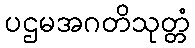
ပဌမအဂတိသုတ္တံ